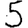
Digit: 5